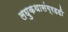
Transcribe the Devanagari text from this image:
लघुकथासंग्रहही